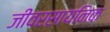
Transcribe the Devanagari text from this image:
जीवरसायनिक